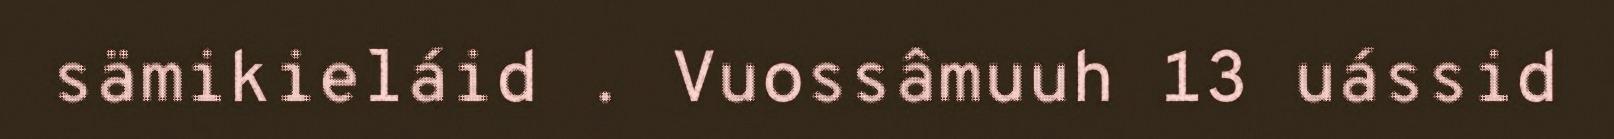
sämikieláid . Vuossâmuuh 13 uássid